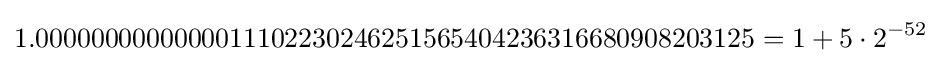
1.0000000000000011102230246251565404236316680908203125=1+5\cdot 2^{-52}